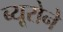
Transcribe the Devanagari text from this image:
ब्यूरोने